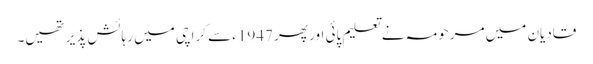
قادیان میں مرحومہ نے تعلیم پائی اور پھر 1947ء سے کراچی میں رہائش پذیر تھیں۔